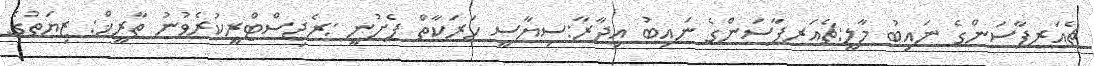
ޗެއަރޕާސަންގެ ނައިބު މާލީ:ޗެއަރޕާސަންގެ ނައިބު އިދާރާ:ސިޔާސީ ހަރަކާތް ފެށުނީ :ރެޖިސްޓްރީކުރެވުނު ތާރީޚް: ޒިޔަތުގެ